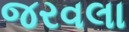
જરવલા